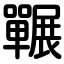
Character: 囅